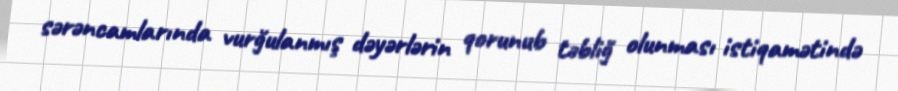
sərəncamlarında vurğulanmış dəyərlərin qorunub təbliğ olunması istiqamətində